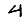
Digit: 4